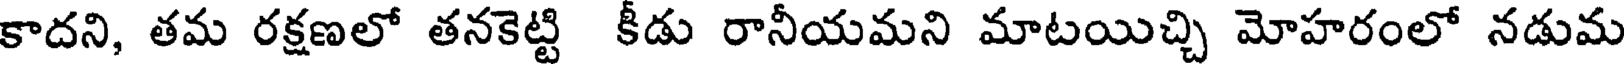
కాదని, తమ రక్షణలో తనకెట్టి కీడు రానీయమని మాటయిచ్చి మోహరంలో నడుమ